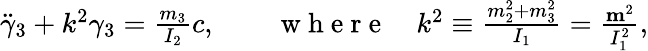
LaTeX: \begin{array}{r}{\ddot{\gamma}_{3}+k^{2}\gamma_{3}=\frac{m_{3}}{I_{2}}c,\qquad\mathrm{~w~h~e~r~e~}\quad k^{2}\equiv\frac{m_{2}^{2}+m_{3}^{2}}{I_{1}}=\frac{{\mathbf m}^{2}}{I_{1}^{2}},}\end{array}